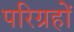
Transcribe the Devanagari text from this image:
परिग्रहों